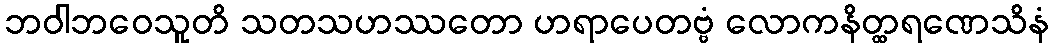
ဘဝါဘဝေသူတိ သတသဟဿတော ဟရာပေတဗ္ဗံ လောကနိတ္ထရဏေသိနံ